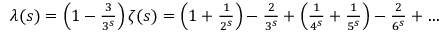
\begin{array} { r } { \lambda ( s ) = \left( 1 - { \frac { 3 } { 3 ^ { s } } } \right) \zeta ( s ) = \left( 1 + { \frac { 1 } { 2 ^ { s } } } \right) - { \frac { 2 } { 3 ^ { s } } } + \left( { \frac { 1 } { 4 ^ { s } } } + { \frac { 1 } { 5 ^ { s } } } \right) - { \frac { 2 } { 6 ^ { s } } } + \ldots } \end{array}